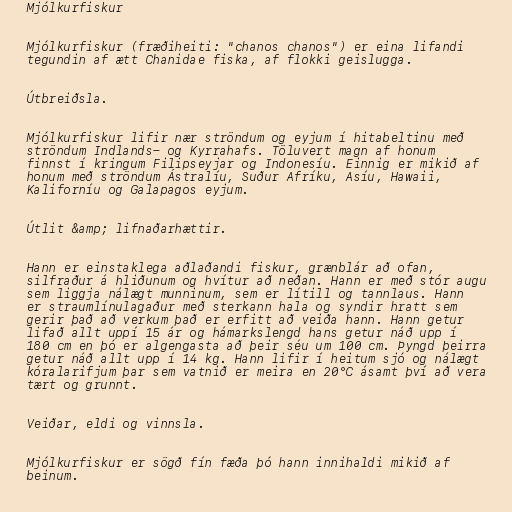
Mjólkurfiskur

Mjólkurfiskur (fræðiheiti: "chanos chanos") er eina lifandi
tegundin af ætt Chanidae fiska, af flokki geislugga.

Útbreiðsla.

Mjólkurfiskur lifir nær ströndum og eyjum í hitabeltinu með
ströndum Indlands- og Kyrrahafs. Töluvert magn af honum
finnst í kringum Filipseyjar og Indonesíu. Einnig er mikið af
honum með ströndum Ástralíu, Suður Afríku, Asíu, Hawaii,
Kaliforníu og Galapagos eyjum.

Útlit &amp; lifnaðarhættir.

Hann er einstaklega aðlaðandi fiskur, grænblár að ofan,
silfraður á hliðunum og hvítur að neðan. Hann er með stór augu
sem liggja nálægt munninum, sem er lítill og tannlaus. Hann
er straumlínulagaður með sterkann hala og syndir hratt sem
gerir það að verkum það er erfitt að veiða hann. Hann getur
lifað allt uppí 15 ár og hámarkslengd hans getur náð upp í
180 cm en þó er algengasta að þeir séu um 100 cm. Þyngd þeirra
getur náð allt upp í 14 kg. Hann lifir í heitum sjó og nálægt
kóralarifjum þar sem vatnið er meira en 20°C ásamt því að vera
tært og grunnt.

Veiðar, eldi og vinnsla.

Mjólkurfiskur er sögð fín fæða þó hann innihaldi mikið af
beinum.